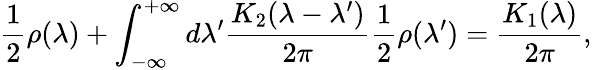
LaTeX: \frac{1}{2}\rho(\lambda)+\int_{-\infty}^{+\infty}d\lambda^{\prime}\frac{K_{2}(\lambda-\lambda^{\prime})}{2\pi}\frac{1}{2}\rho(\lambda^{\prime})=\frac{K_{1}(\lambda)}{2\pi},